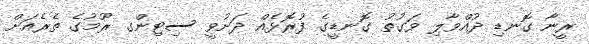
ރީނާ ގޮނޑި ދުއްވާލި ވަގުތު ގޮނޑީގެ ފުރޮޅެއް ދަށުވީ ސިޓިންގ ރޫމުގެ ތެރެއަށް